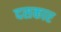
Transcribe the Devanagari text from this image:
दसकार